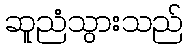
ဆူညံသွားသည်